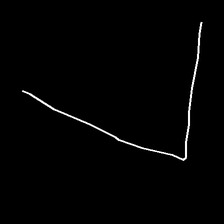
Glyph: region